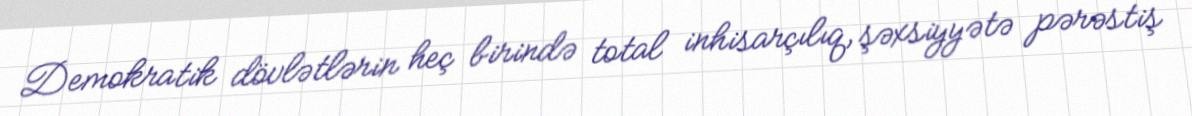
Demokratik dövlətlərin heç birində total inhisarçılıq, şəxsiyyətə pərəstiş